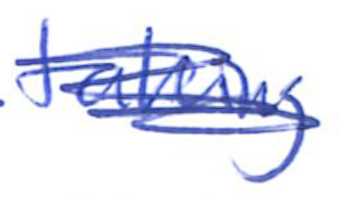
Text: taking
Cross-out: scratch
Writing tool: ballpoint